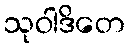
သုဝါဒိတေ